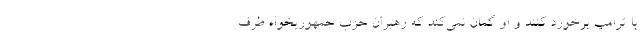
با ترامپ برخورد کنند و او گمان نمی‌کند که رهبران حزب جمهوریخواه طرف